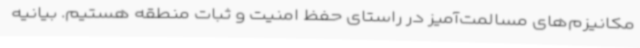
مکانیزم‌های مسالمت‌آمیز در راستای حفظ امنیت و ثبات منطقه هستیم. بیانیه